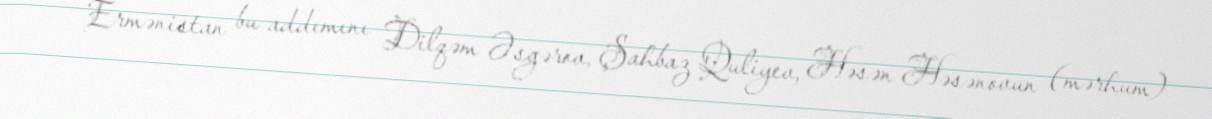
Ermənistan bu addımını Dilqəm Əsgərov, Şahbaz Quliyev, Həsən Həsənovun (mərhum)